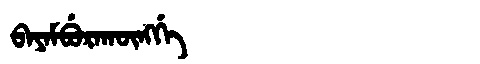
Manchu: ᠪᠠᠶᠠᠮᠪᡠᡵᠠᡴᡡᠩᡤᡝ
Romanization: BAYAMBURAKŪNGGE